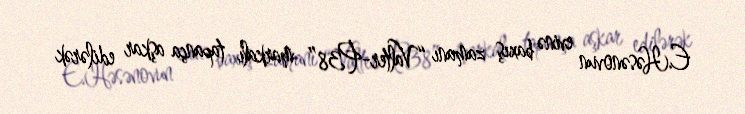
E.Həsənovun evinə baxış zamanı “Valter-P38” markalı tapança aşkar edilərək